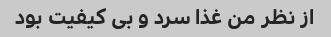
از نظر من غذا سرد و بی کیفیت بود